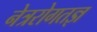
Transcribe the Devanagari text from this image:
नेत्ररोगतज्ञ